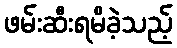
ဖမ်းဆီးရမိခဲ့သည့်